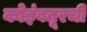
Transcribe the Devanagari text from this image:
कोइंबतूरची